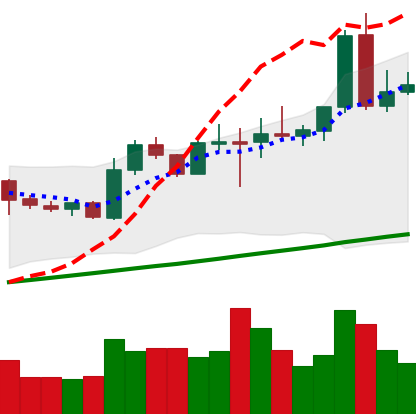
Ticker: NEO-USD
Chart end date: 2020-08-04
Forward return: 4.08%
Label: up_3_5